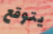
يتوقع